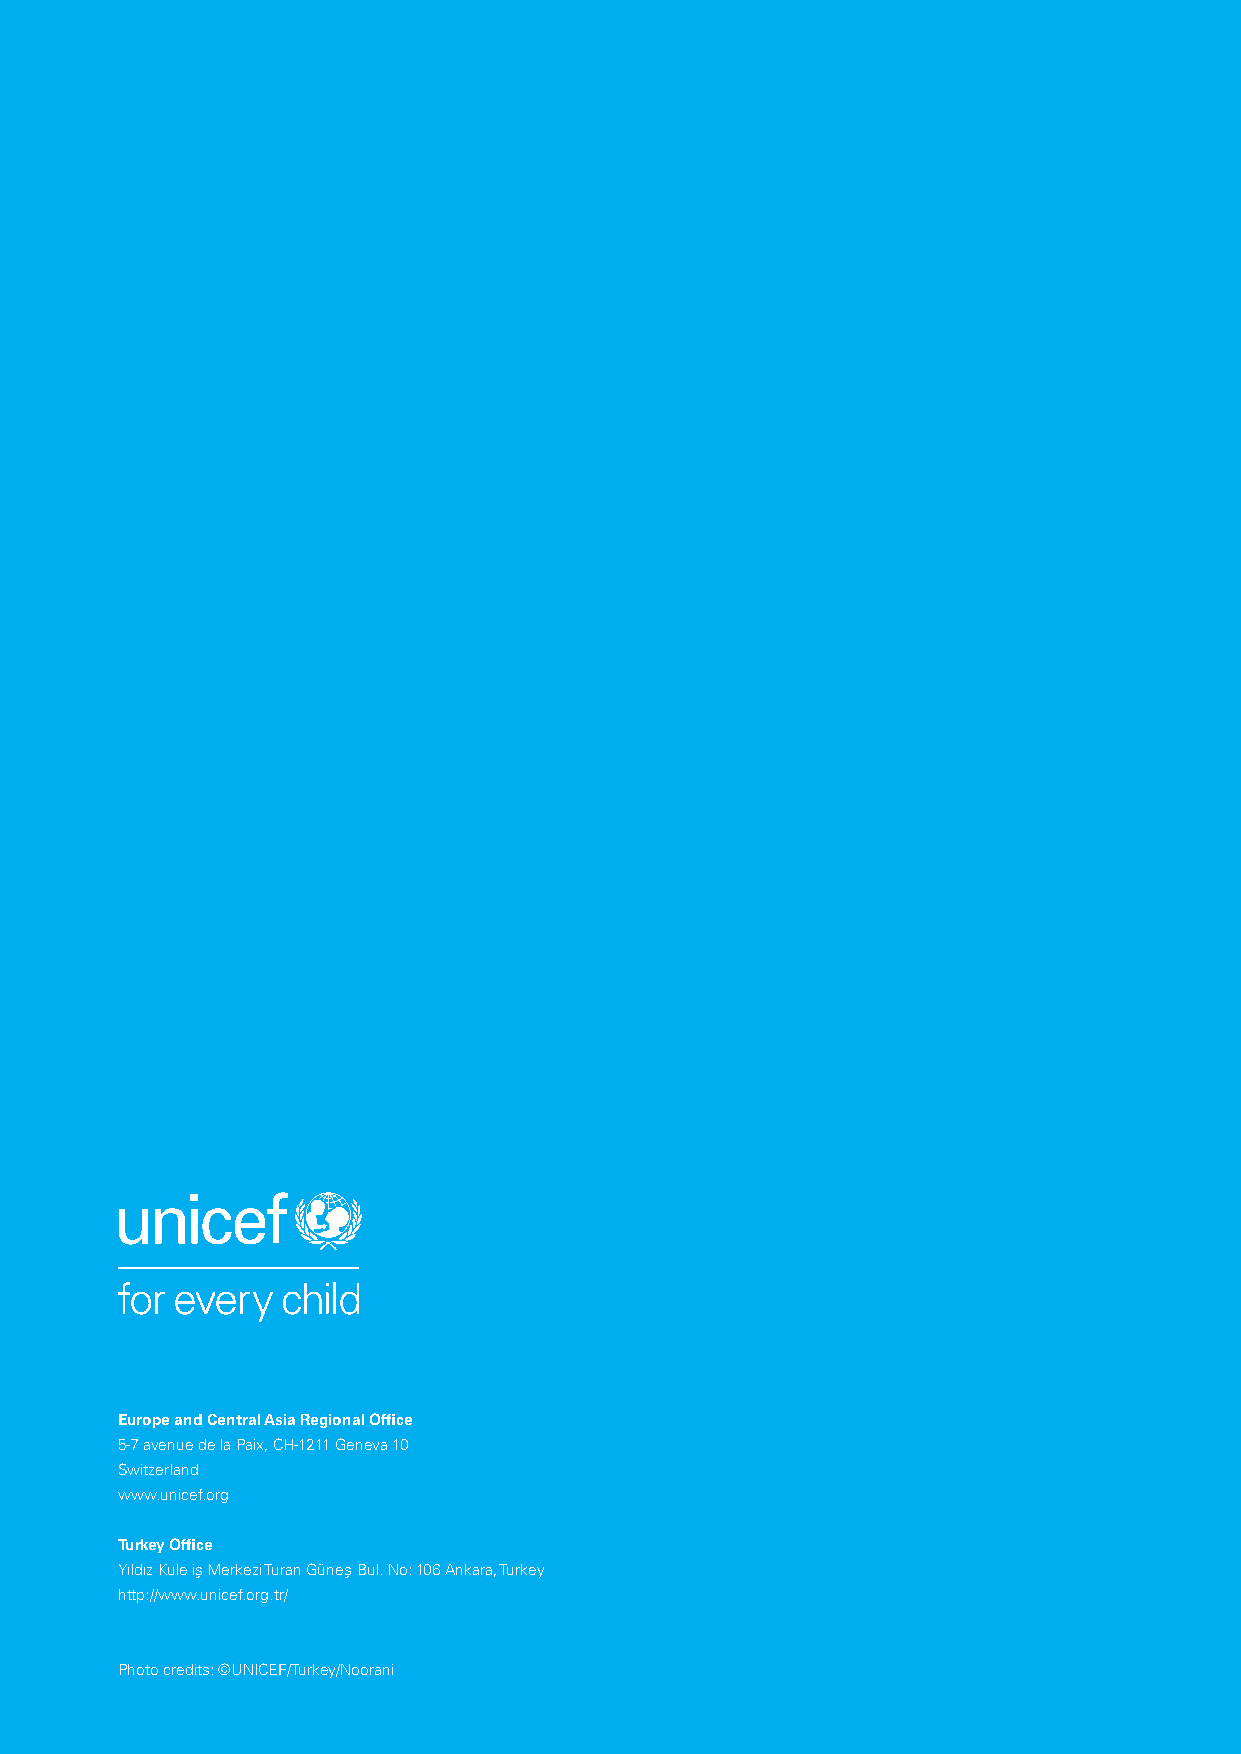
12 Turkey
 Approaches to Providing Cash Based Assistance to Meet the Needs of Children in Protracted Crises - Lessons from Turkey
 Europe and Central Asia Regional Office
 5-7 avenue de la Paix, CH-1211 Geneva 10
 Switzerland
 www.unicef.org
 Turkey Office
 Yıldız Kule is¸ Merkezi Turan Günes¸ Bul. No: 106 Ankara, Turkey
 http://www.unicef.org.tr/
 Photo credits: ©UNICEF/Turkey/Noorani